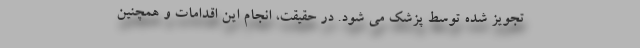
تجویز شده توسط پزشک می شود. در حقیقت، انجام این اقدامات و همچنین